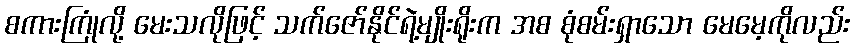
စကားကြုံလို့ မေးသလိုဖြင့် သက်ဇော်နိုင်ရဲ့မျိုးရိုးက အစ စုံစမ်းရှာသော မေမေ့ကိုလည်း